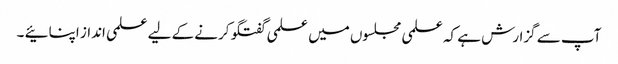
آپ سے گزارش ہے کہ علمی مجلسوں میں علمی گفتگو کرنے کے لیے علمی انداز اپنائیے ۔